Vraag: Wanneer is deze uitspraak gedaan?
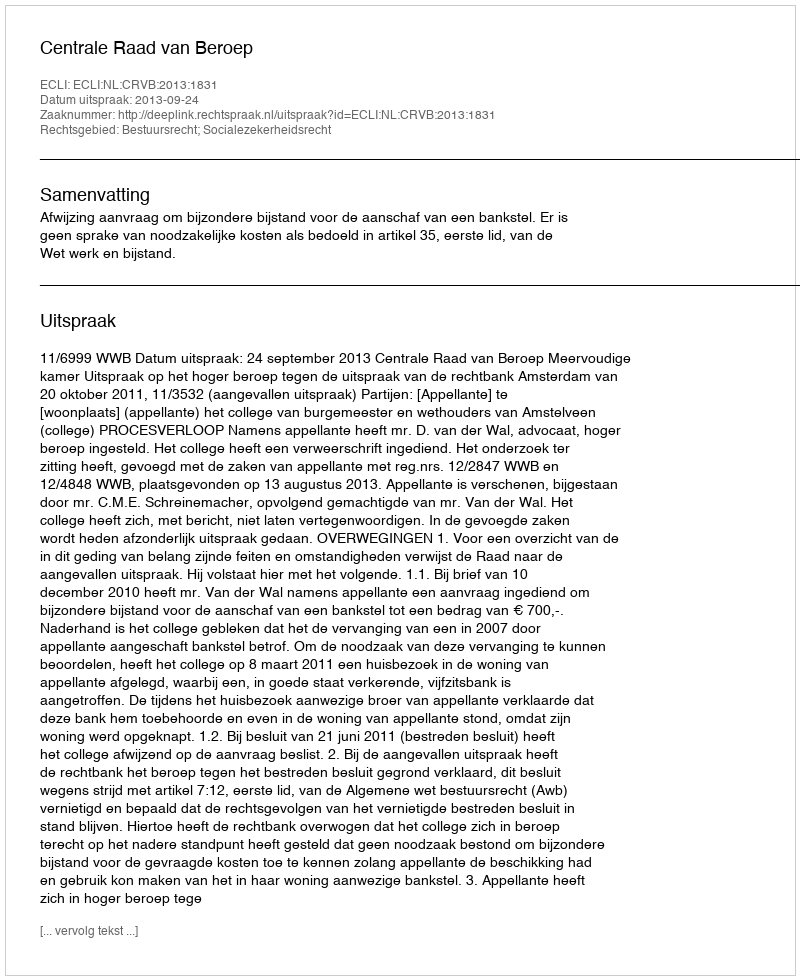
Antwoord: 2013-09-24